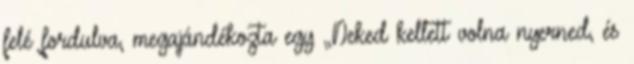
felé fordulva, megajándékozta egy „Neked kellett volna nyerned, és